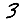
Digit: 3